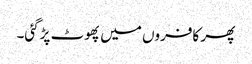
پھر کافروں میں پھوٹ پڑگئی۔